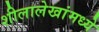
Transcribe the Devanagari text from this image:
शीलालेखांमध्ये